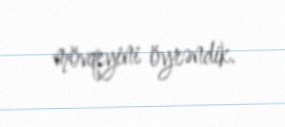
mövqeyini öyrəndik.